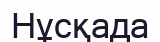
Нұсқада